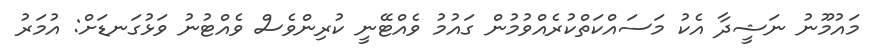
މައުމޫނު ނަޝީދާ އެކު މަސައްކަތްކުރެއްވުމުން ގައުމު ވެއްޓޭނީ ކުރިންވެސް ވެއްޓުނު ވަޅުގަނޑަށް: އުމަރު